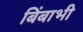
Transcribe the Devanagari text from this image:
बिंबाभी